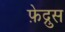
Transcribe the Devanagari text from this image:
फ़ेद्रुस